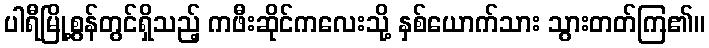
ပါရီမြို့စွန်တွင်ရှိသည့် ကဖီးဆိုင်ကလေးသို့ နှစ်ယောက်သား သွားတတ်ကြ၏။